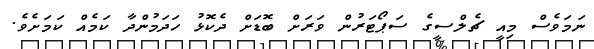
ނަމަވެސް މިއީ ޗެލްސީގެ ސަޕޯޓަރުން ވަރަށް ބޮޑަށް ދެކޮޅު ހަދަމުންދާ ކަމެއް ކަމަށެވެ.